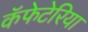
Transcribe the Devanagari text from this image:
कॅफेटेरिया